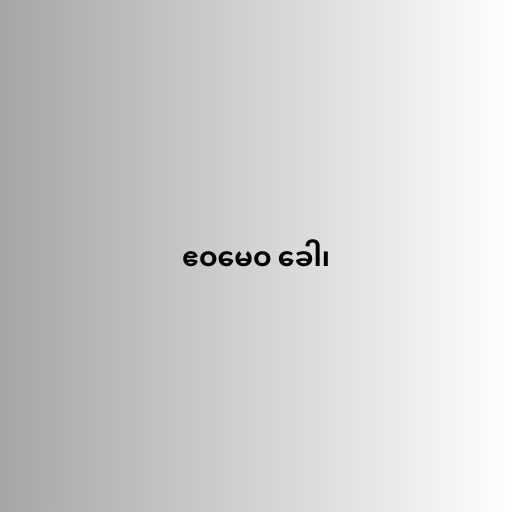
ဧဝမေဝ ခေါ၊